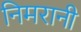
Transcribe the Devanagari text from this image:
निमरानी